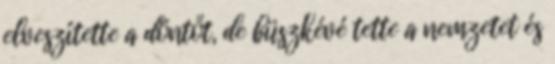
elveszítette a döntőt, de büszkévé tette a nemzetet és